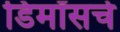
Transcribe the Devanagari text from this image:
डिमॉसचे